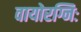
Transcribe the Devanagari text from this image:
वायोरग्निः